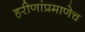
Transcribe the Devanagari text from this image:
हरीणांप्रमाणेच